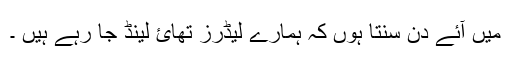
میں آئے دن سنتا ہوں کہ ہمارے لیڈرز تھائ لینڈ جا رہے ہیں ۔